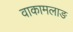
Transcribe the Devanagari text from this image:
वाकामलाङ